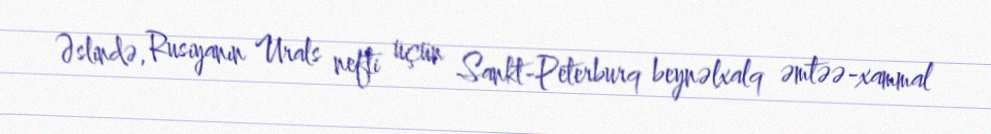
Əslində, Rusiyanın Urals nefti üçün Sankt-Peterburq beynəlxalq əmtəə-xammal